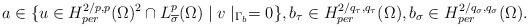
LaTeX: \begin{align*}a\in \{ u \in H_{per}^{2/p,p}(\Omega)^2\cap L^p_{\overline{\sigma}}(\Omega) \mid v\mid_{\Gamma_b} = 0 \}, b_{\tau} \in H_{per}^{2/{q_{\tau}},q_{\tau}}(\Omega), b_{\sigma} \in H_{per}^{2/{q_{\sigma}},q_{\sigma}}(\Omega).\end{align*}